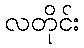
လတိုင်း